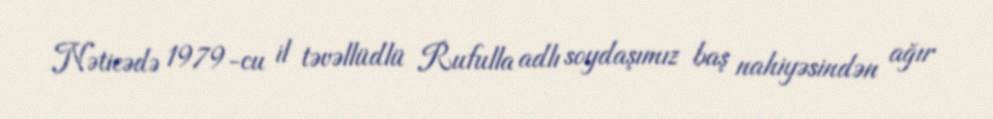
Nəticədə 1979-cu il təvəllüdlü Rufulla adlı soydaşımız baş nahiyəsindən ağır